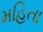
મહિતા